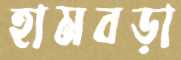
হামবড়া